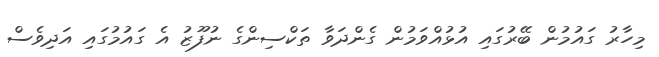
މިހާރު ގައުމުން ބޭރުގައި އުޅުއްވަމުން ގެންދަވާ ތަކްސިންގެ ނުފޫޒު އެ ގައުމުގައި އަދިވެސް